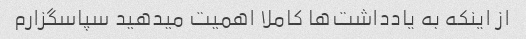
از اینکه به یادداشت‌ها کاملا اهمیت میدهید سپاسگزارم